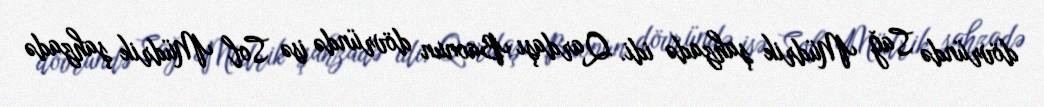
dövründə Sağ Müdrik şahzadə idi. Qardaşı Baonun dövründə isə Sol Müdrik şahzadə